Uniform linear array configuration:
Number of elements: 48
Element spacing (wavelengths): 0.25
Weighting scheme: kaiser
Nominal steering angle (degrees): -30
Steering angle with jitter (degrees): -31.158
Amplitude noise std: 0.05
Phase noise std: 0.05

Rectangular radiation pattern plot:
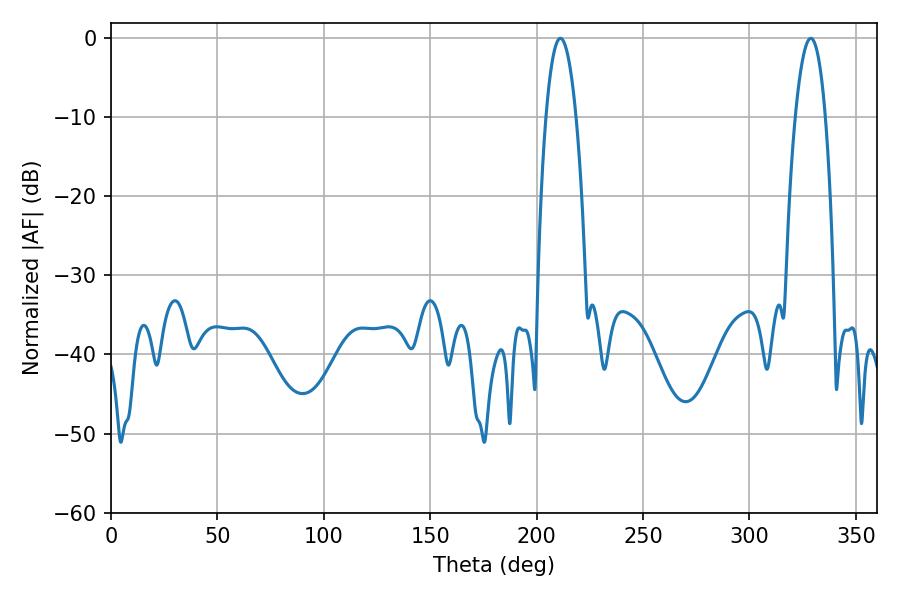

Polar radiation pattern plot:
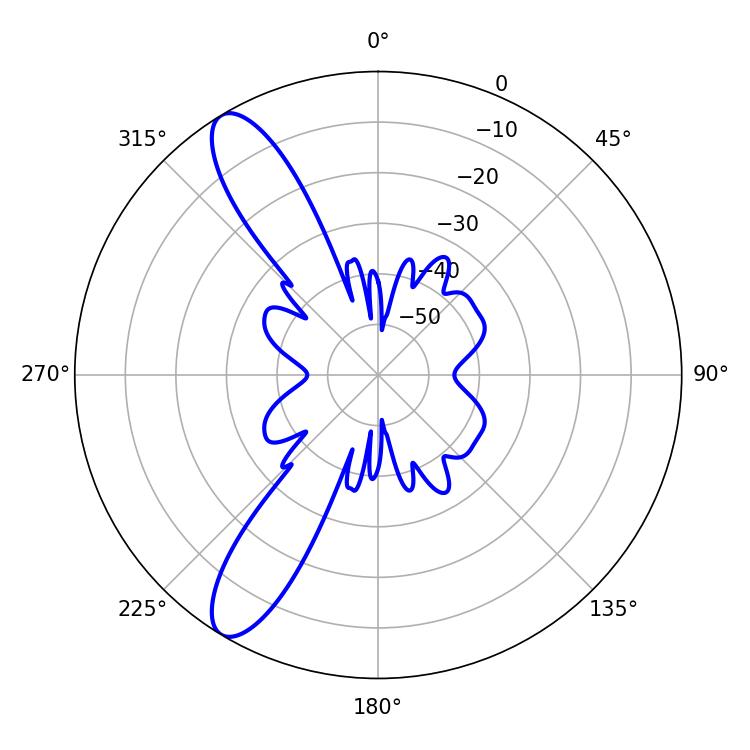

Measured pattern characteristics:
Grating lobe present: FALSE
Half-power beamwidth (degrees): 7.74
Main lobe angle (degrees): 211.14